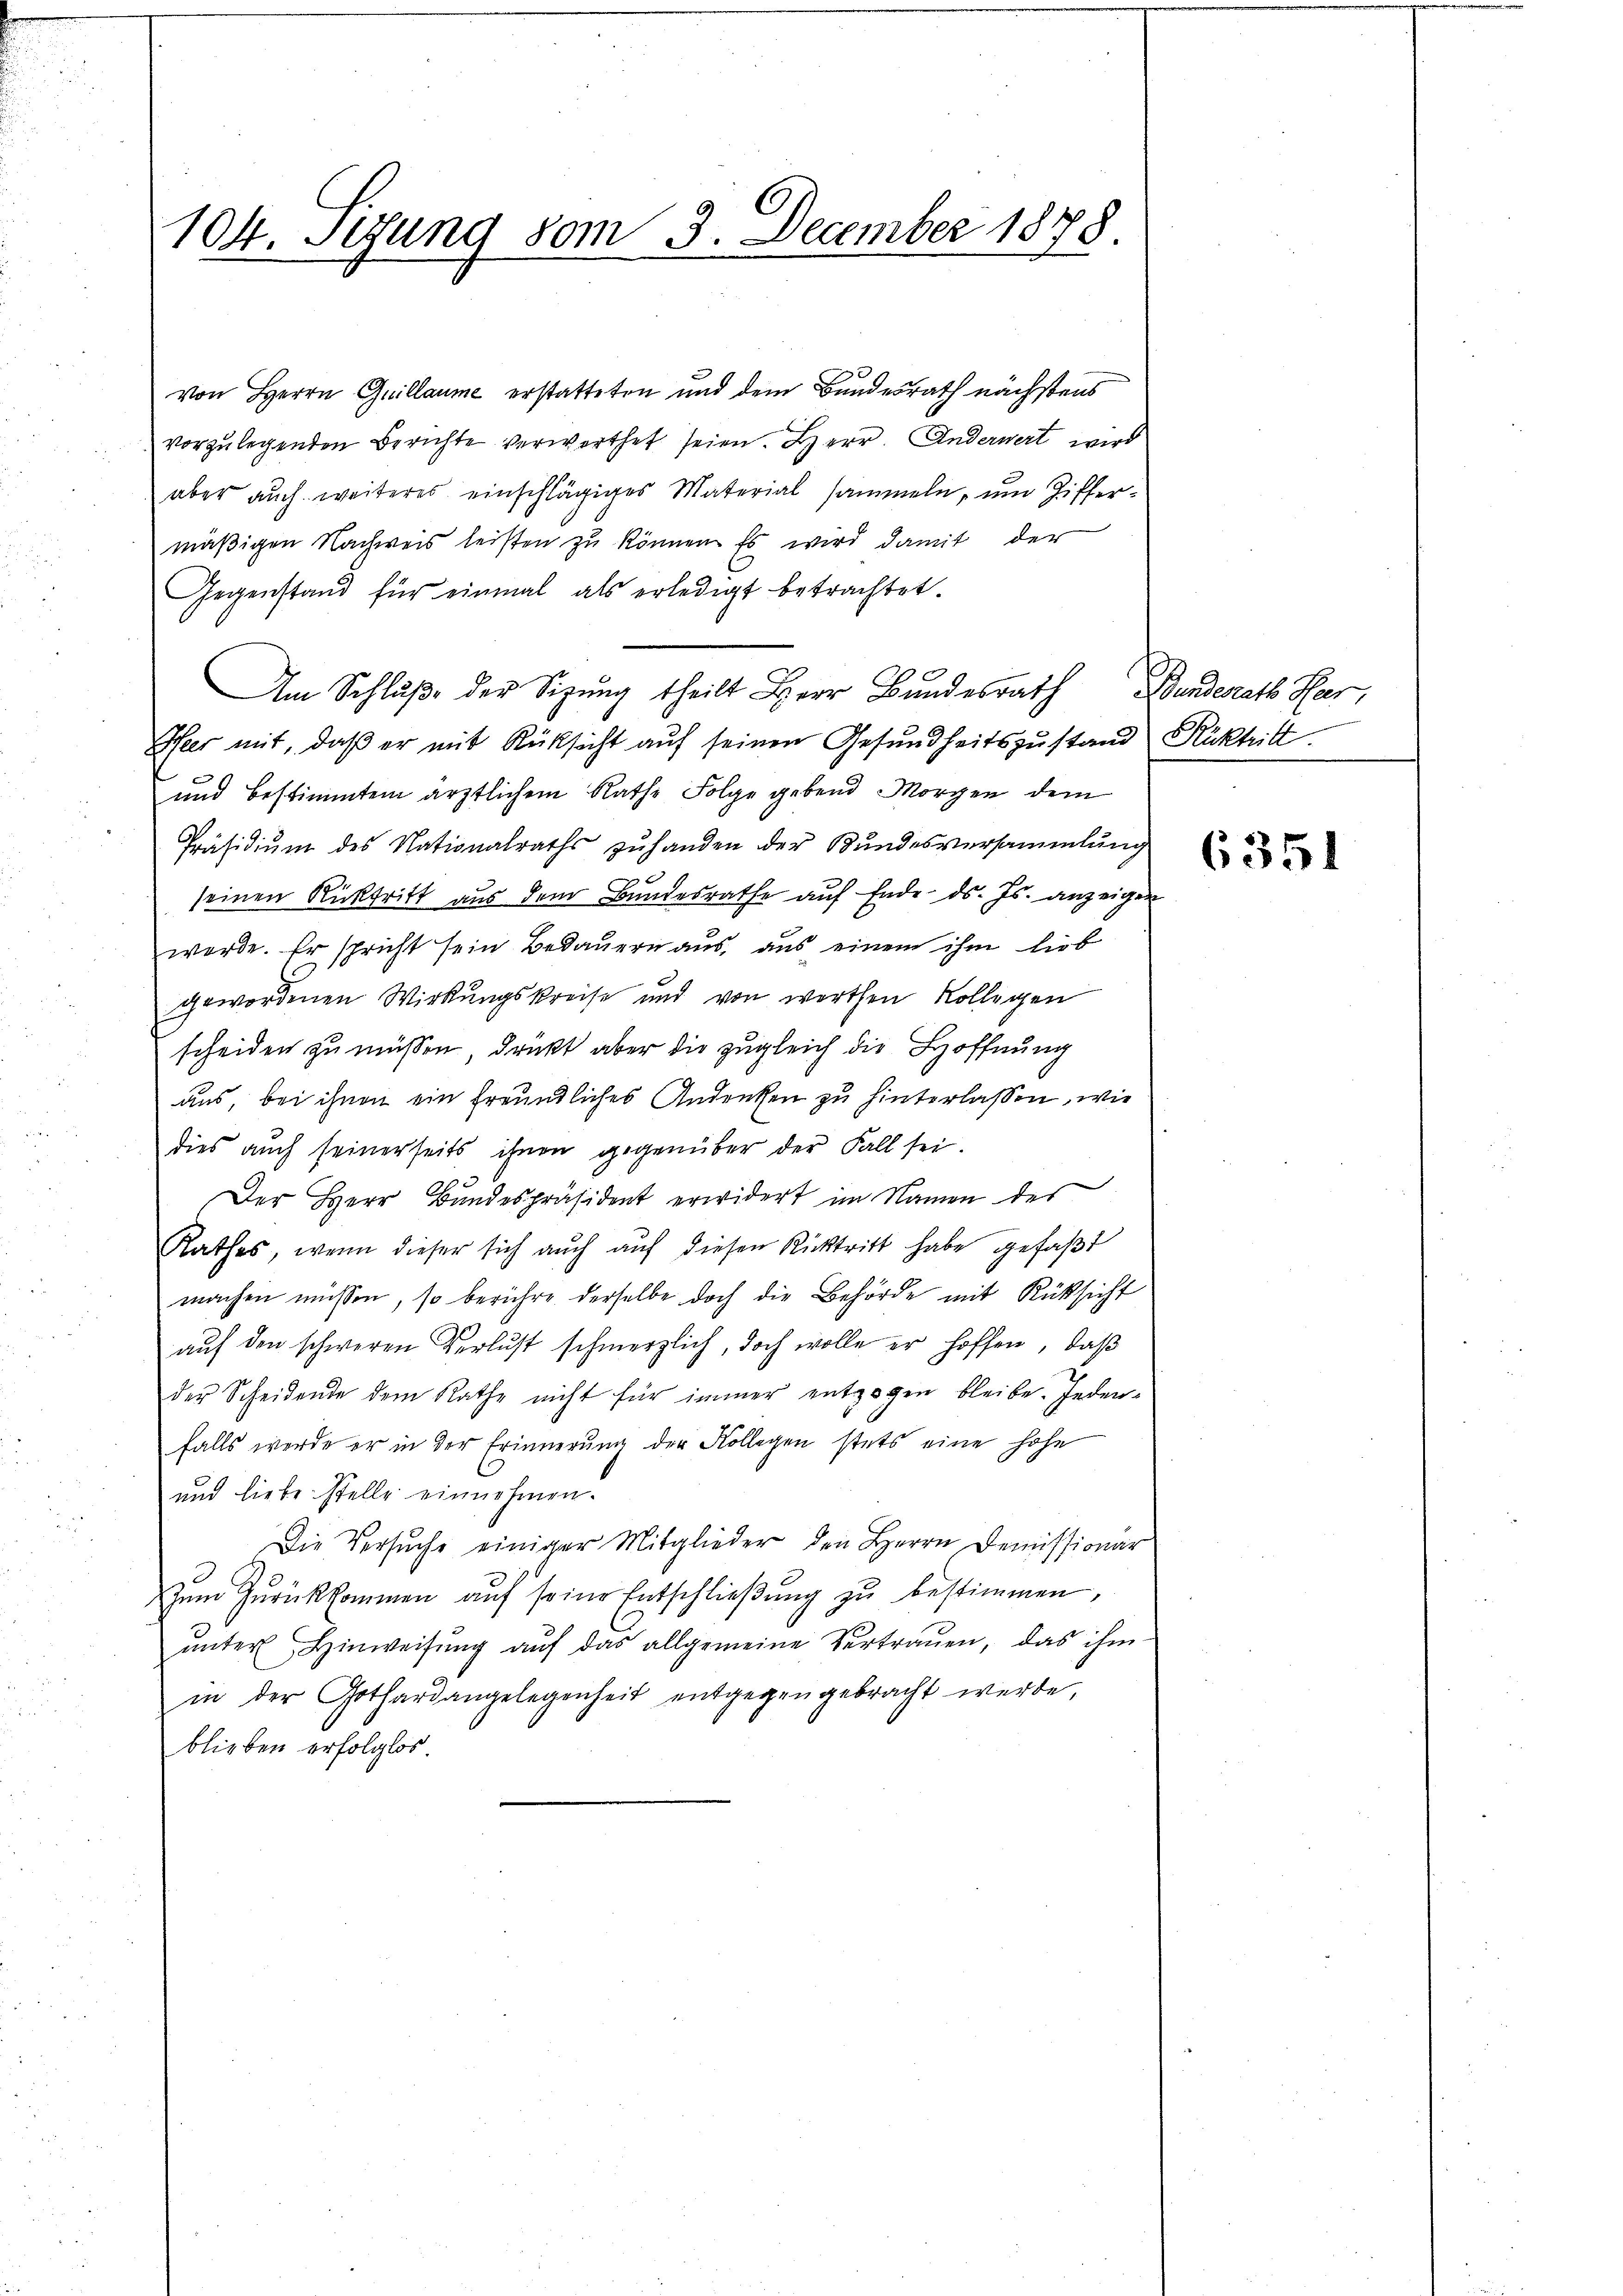
104. Setzung vom 3. December 1878.

von Herrn Quillaume erstatteten und dem Bundesrath nächstens
vorzulegenden Berichte verworthet seien. Herr. Anderwert wird
aber auch weiteres einschlägiges Material sammeln, um Ziffermäßigen Nachweis leisten zu können. Es wird damit der
Gegenstand für einmal als erledigt betrachtet.
Am Schluße der Sitzung theilt Herr Bundesrath Bunderath Har,
Pfeer mit, daβ er mit Rücksicht aŭf seinen Gesundheitszustand Rücktritt
und bestimmtem ärztlichem Rathe Folge gebend Morgen dem
Präsidiŭm des Nationalraths zuhanden der Bundesversammlung
seinen Rücktritt aus dem Bundesrathe auf Ende d. Js. anzeigen
werde. Er spricht sein Bedauern aus, aus einem ihm lieb
gewordenen Wirkungskreise und von werthen Kollegen
scheiden zu müssen, drückt aber die zugleich die Hoffnung
aus, bei ihnen ein freundliches Andenken zu hinterlassen, wie
dies auch seinerseits ihnen gegenüber der Fall sei.
Der Herr Bundespräsident erwidert im Namen der
Rathes, wenn dieser sich auch aŭf diesen Rücktritt habe gefaβt
machen müssen, so berühre derselbe doch die Behörde mit Rücksicht
auf den schweren Verlust schmerzlich, doch wolle er hoffen, daß
der Scheidende dem Rathe nicht für immer entzogen bleibe. Jeden-
falls werde er in der Erinnerung der Kollegen stets eine hohe
und liebe stelle einnehmen.
Die Versŭche einiger Mitglieder den Herrn Demissionär
zŭm Zŭrückkommen aŭf seine Entschlieβŭng zŭ bestimmen,
ŭnter Hinweisŭng aŭf das allgemeine Vertrauen, das ihm
in der Gothardangelegenheit entgegengebracht werde,
blieben erfolglos

6351